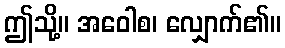
ဤသို့။ အဝေါစ၊ လျှောက်၏။